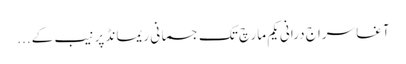
آغا سراج درانی یکم مارچ تک جسمانی ریمانڈ پر نیب کے...